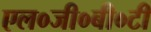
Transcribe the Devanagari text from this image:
एल०जी०बी०टी